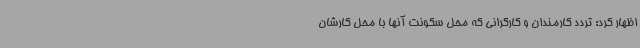
اظهار کرد: تردد کارمندان و کارگرانی که محل سکونت آنها با محل کارشان